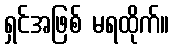
ရှင်အဖြစ် မရထိုက်။